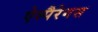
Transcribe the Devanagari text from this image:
ऐस्पैरेगस